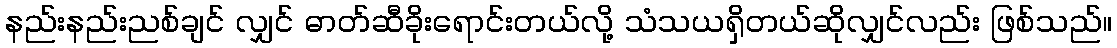
နည်းနည်းညစ်ချင် လျှင် ဓာတ်ဆီခိုးရောင်းတယ်လို့ သံသယရှိတယ်ဆိုလျှင်လည်း ဖြစ်သည်။